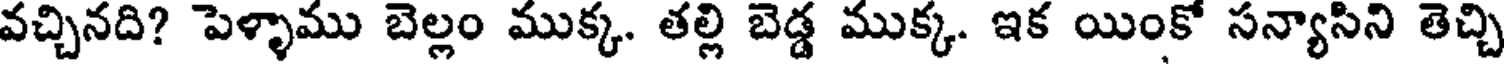
వచ్చినది? పెళ్ళాము బెల్లం ముక్క. తల్లి బెడ్డ ముక్క. ఇక యింకో సన్యాసిని తెచ్చి